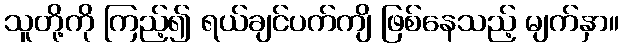
သူတို့ကို ကြည့်၍ ရယ်ချင်ပက်ကျိ ဖြစ်နေသည့် မျက်နှာ။